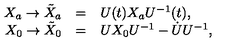
\begin{array} { r c l } { X _ { a } \to \tilde { X } _ { a } } & { = } & { U ( t ) X _ { a } U ^ { - 1 } ( t ) , } \\ { X _ { 0 } \to \tilde { X } _ { 0 } } & { = } & { U X _ { 0 } U ^ { - 1 } - \dot { U } U ^ { - 1 } , } \\ \end{array}